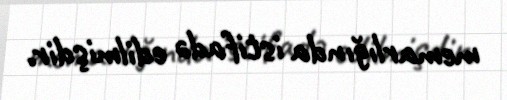
memarlığında istifadə edilmişdir.